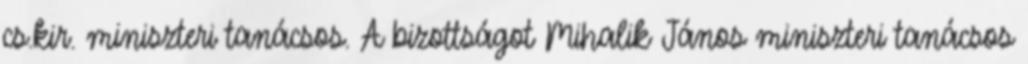
cs.kir. miniszteri tanácsos. A bizottságot Mihalik János miniszteri tanácsos